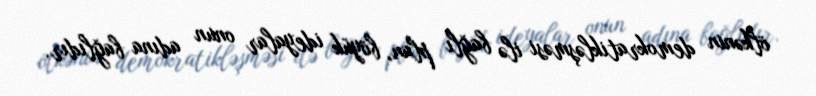
ölkənin demokratikləşməsi ilə bağlı plan, böyük ideyalar onun adına bağlıdır.